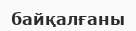
байқалғаны